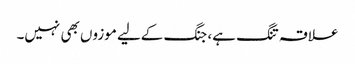
علاقہ تنگ ہے، جنگ کےلیے موزوں بھی نہیں۔